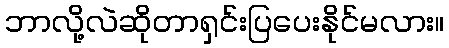
ဘာလို့လဲဆိုတာရှင်းပြပေးနိုင်မလား။